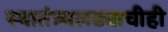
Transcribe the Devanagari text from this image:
स्वातंत्र्यलढ्याचीही